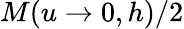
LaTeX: M(u\rightarrow 0,h)/2